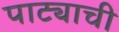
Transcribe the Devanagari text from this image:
पाट्याची